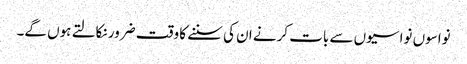
نواسوں نواسیوں سے بات کرنے ان کی سننے کا وقت ضرور نکالتے ہوں گے۔